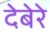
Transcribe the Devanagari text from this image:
देबेरे